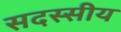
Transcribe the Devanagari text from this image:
सदस्सीय